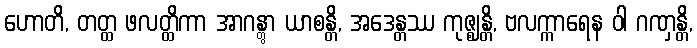
ဟောတိ, တတ္ထ ဖလတ္ထိကာ အာဂန္တွာ ယာစန္တိ, အဒေန္တဿ ကုဇ္ဈန္တိ, ဗလက္ကာရေန ဝါ ဂဏှန္တိ,